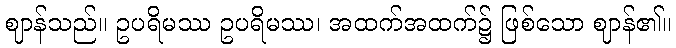
ဈာန်သည်။ ဥပရိမဿ ဥပရိမဿ၊ အထက်အထက်၌ ဖြစ်သော ဈာန်၏။